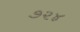
૭૨૪